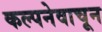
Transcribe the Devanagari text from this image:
कल्पनेवाचून